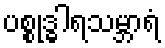
ပစ္စုဒ္ဓါရသမ္ဘာရံ